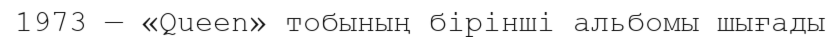
1973 — «Queen» тобының бiрiншi альбомы шығады